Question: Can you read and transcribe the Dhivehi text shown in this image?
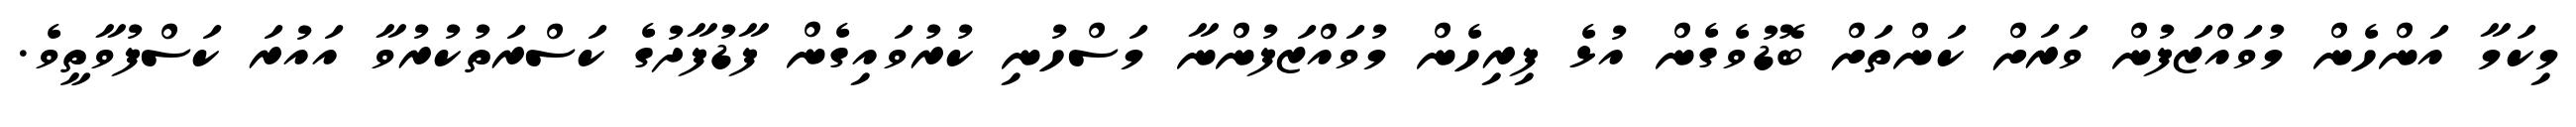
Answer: މިކަމާ އަންހެން މުވައްޒަފުން ވަރަށް ކަންތަށް ބޮޑުވެގެން އުޅެ ފިރިހެން މުވައްޒަފުންނާ މަސްހުނި ކުރުވައިގެން ފާޑުފާދުގެ ކަސްރަތުކުރުވާ އައުރަ ކަސްފުވާތީވެ.